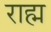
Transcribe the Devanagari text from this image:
राह्म